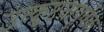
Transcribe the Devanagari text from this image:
उत्कृष्टतापूर्वक